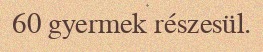
60 gyermek részesül.